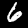
Label: 6